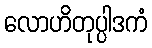
လောဟိတုပ္ပါဒကံ